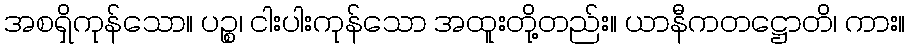
အစရှိကုန်သော။ ပဉ္စ၊ ငါးပါးကုန်သော အထူးတို့တည်း။ ယာနီကတဋ္ဌောတိ၊ ကား။